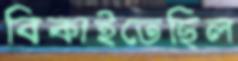
বিকাইতেছিল